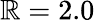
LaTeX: \mathbb{R}=2.0